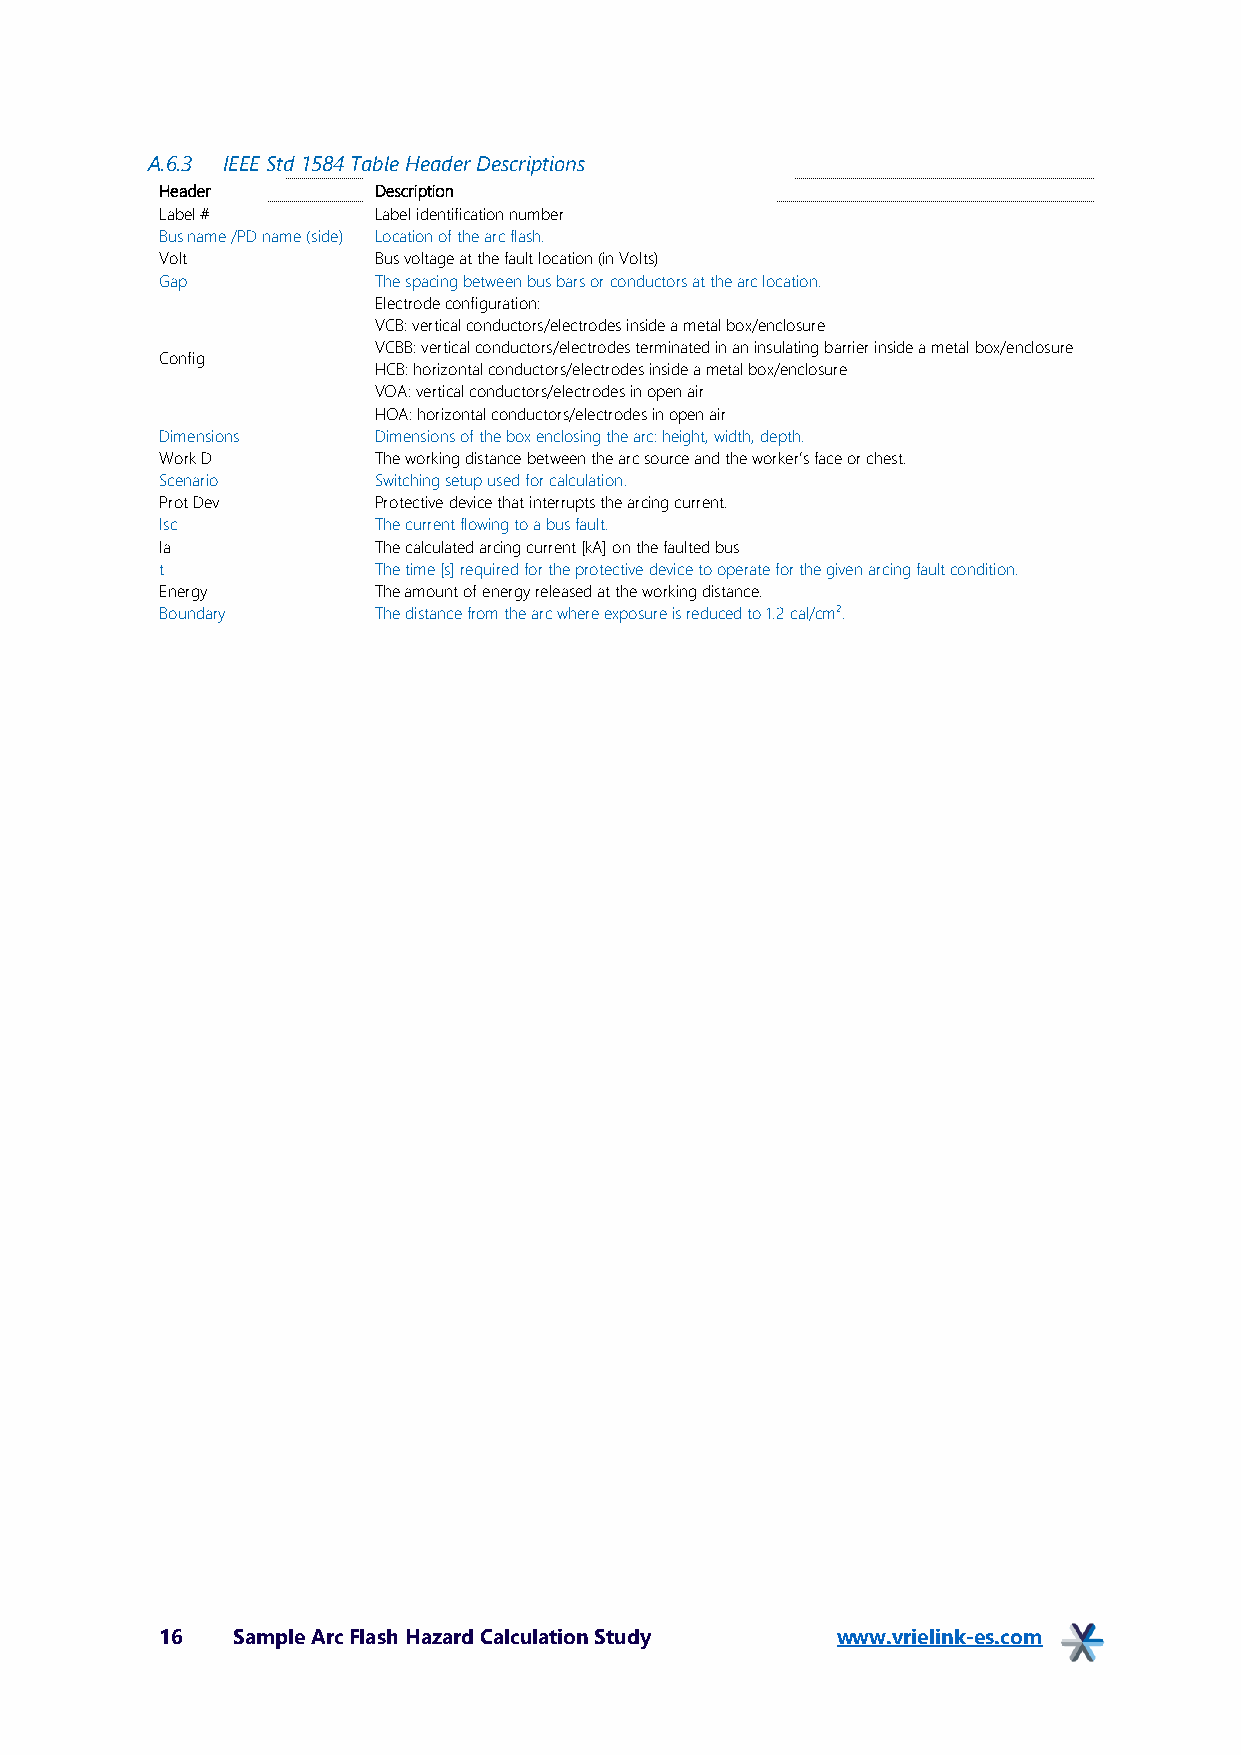
A.6.3 IEEE Std 1584 Table Header Descriptions
 Header        Description
 Label #       Label identification number
 Bus name /PD name (side) Location of the arc flash.
 Volt          Bus voltage at the fault location (in Volts)
 Gap           The spacing between bus bars or conductors at the arc location.
 Electrode configuration:
 VCB: vertical conductors/electrodes inside a metal box/enclosure
 VCBB: vertical conductors/electrodes terminated in an insulating barrier inside a metal box/enclosure
 Config
 HCB: horizontal conductors/electrodes inside a metal box/enclosure
 VOA: vertical conductors/electrodes in open air
 HOA: horizontal conductors/electrodes in open air
 Dimensions    Dimensions of the box enclosing the arc: height, width, depth.
 Work D        The working distance between the arc source and the worker’s face or chest.
 Scenario      Switching setup used for calculation.
 Prot Dev      Protective device that interrupts the arcing current.
 Isc           The current flowing to a bus fault.
 Ia            The calculated arcing current [kA] on the faulted bus
 t             The time [s] required for the protective device to operate for the given arcing fault condition.
 Energy        The amount of energy released at the working distance.
 Boundary      The distance from the arc where exposure is reduced to 1.2 cal/cm².
 16  Sample Arc Flash Hazard Calculation Study www.vrielink-es.com